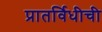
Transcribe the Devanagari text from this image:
प्रातर्विधीची